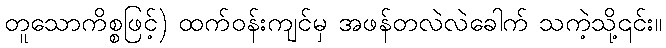
တူသောကိစ္စဖြင့်) ထက်ဝန်းကျင်မှ အဖန်တလဲလဲခေါက် သကဲ့သို့၎င်း။